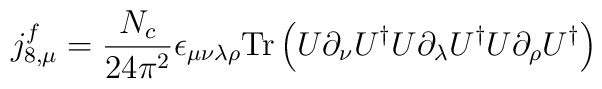
j_{8,\mu}^f = \frac{N_c}{24 \pi^2}  \epsilon_{\mu\nu\lambda\rho}           \mbox{Tr} \left( U\partial_{\nu} U^{\dagger}                 U\partial_{\lambda} U^{\dagger}  U\partial_{\rho}            U^{\dagger}                    \right)